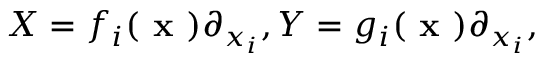
X = f _ { i } ( { \textbf { x } } ) \partial _ { x _ { i } } , Y = g _ { i } ( { \textbf { x } } ) \partial _ { x _ { i } } ,